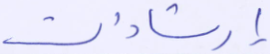
إرشادات